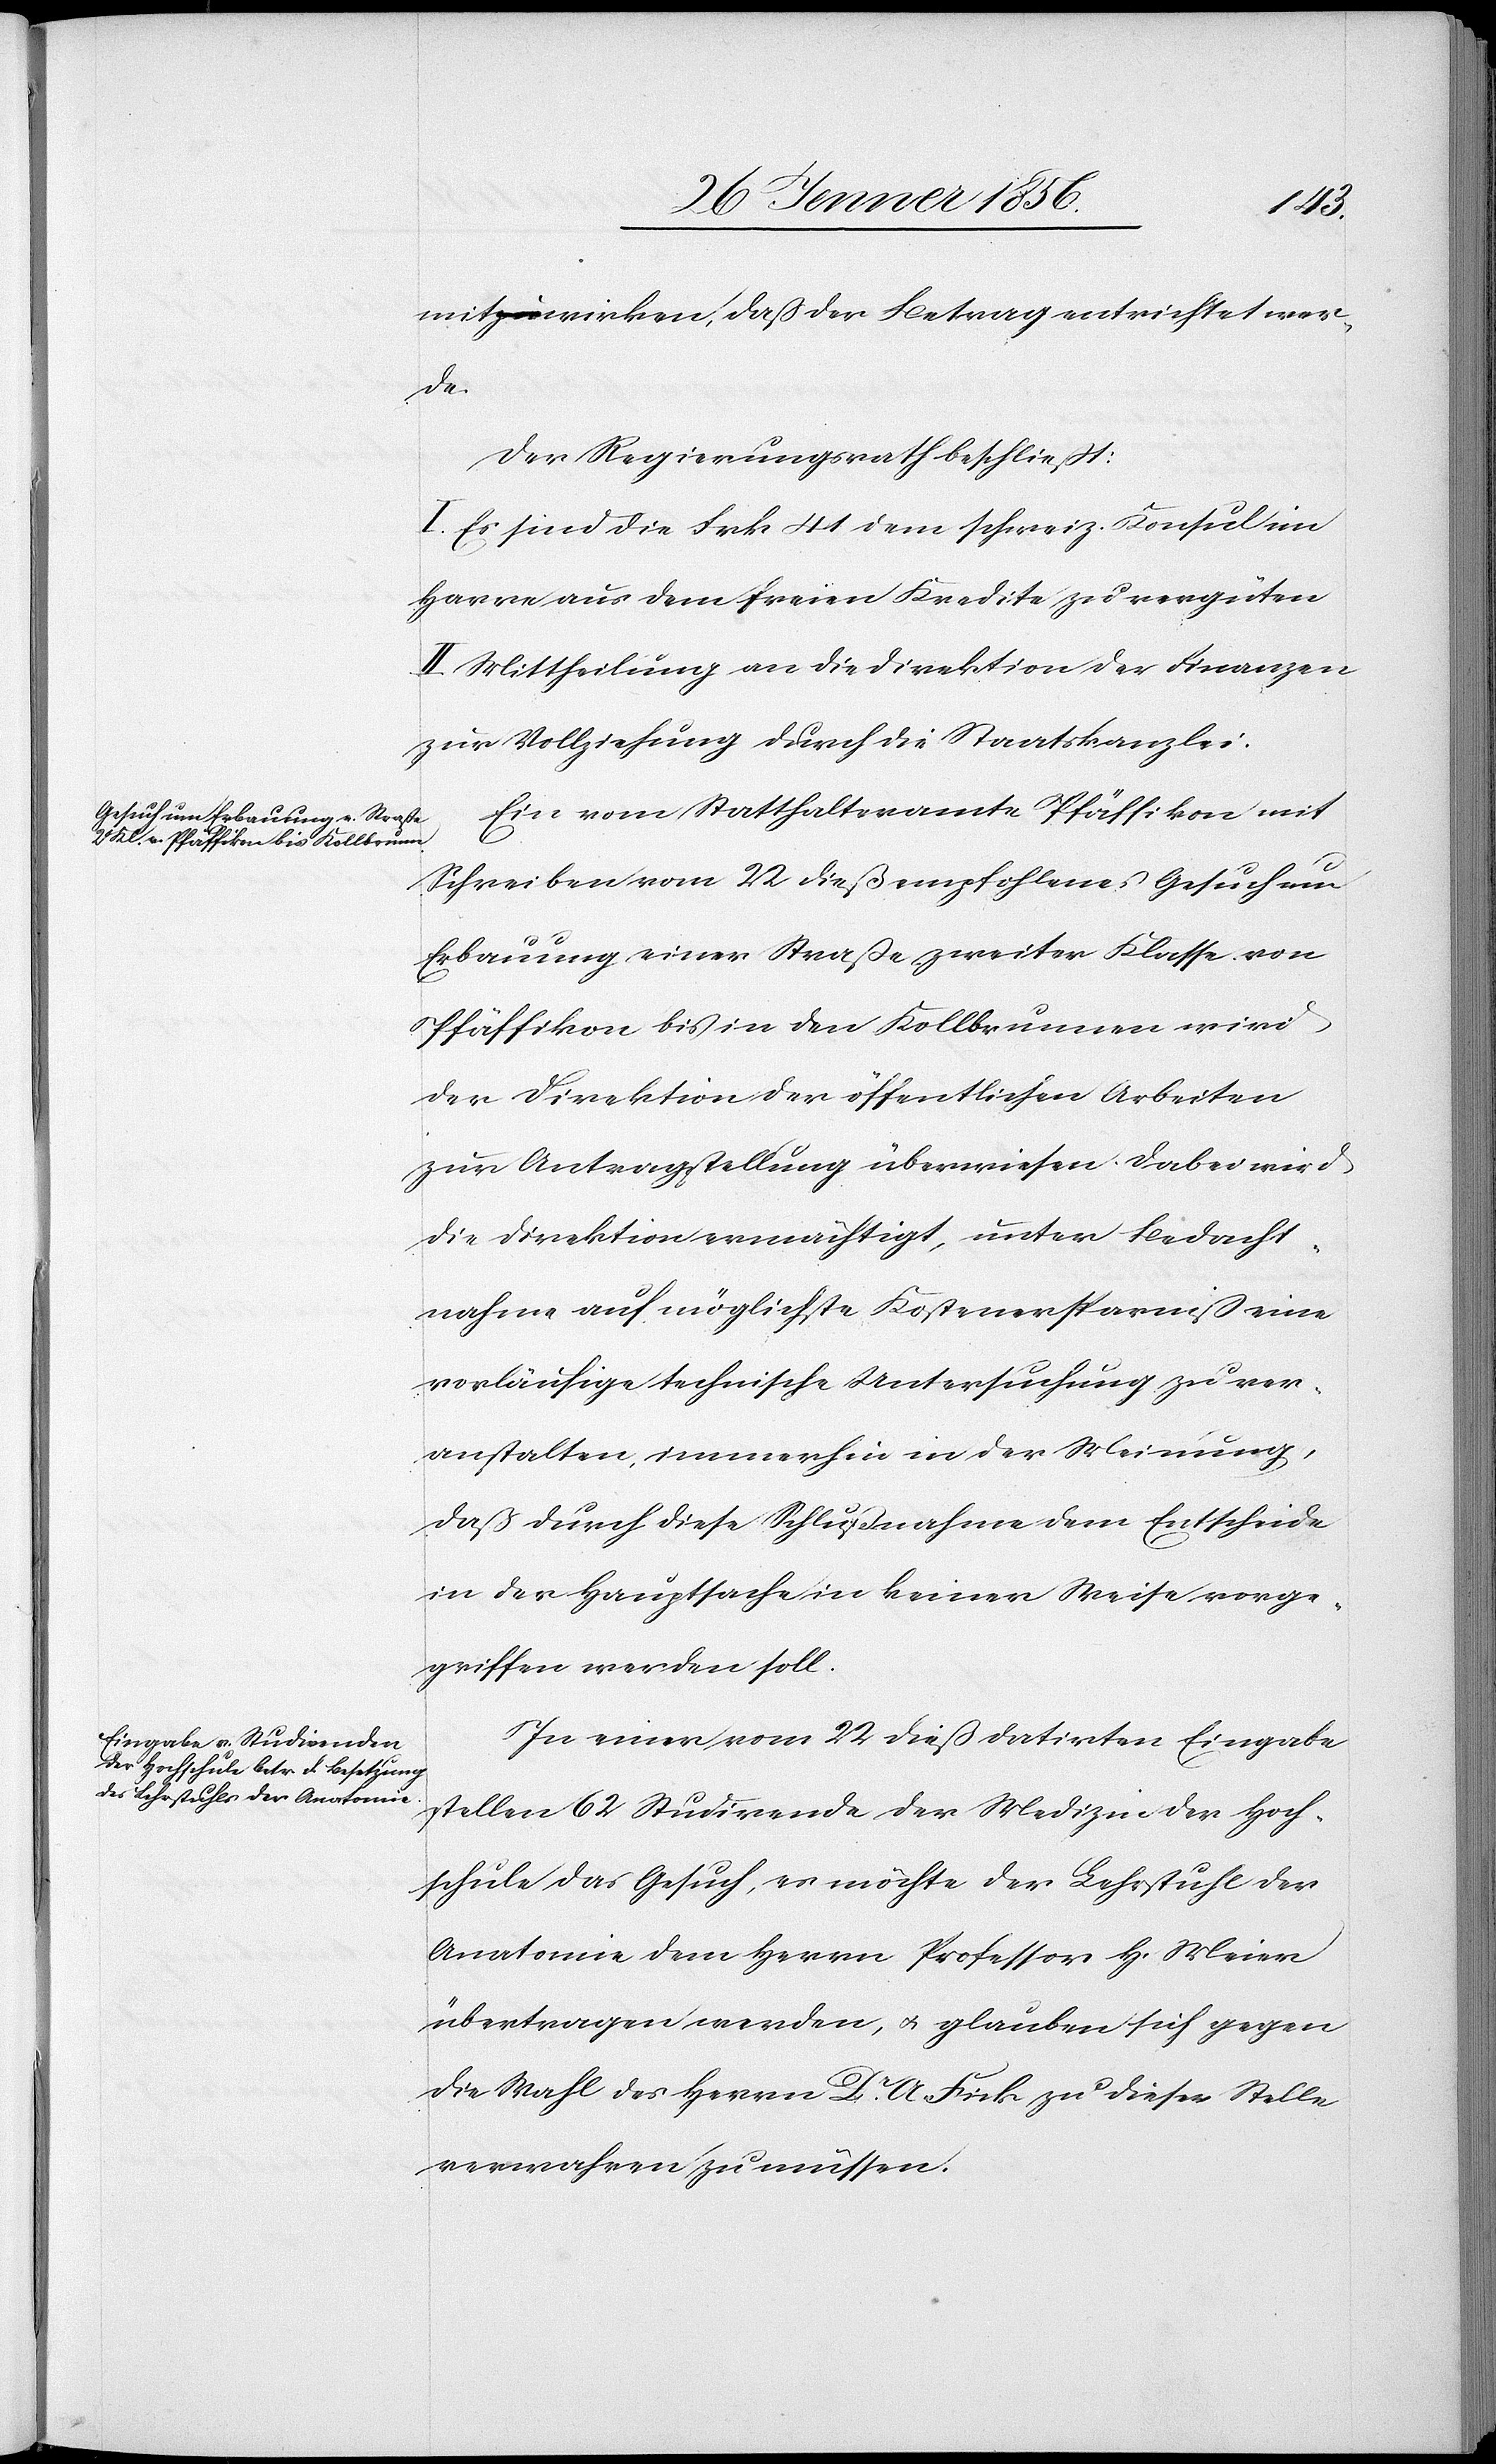
Hoch¬
mitwirken, daß der Betrag entrichtet wer¬
der
Der Regierungsrath beschließt:
I. Es sind die Frk 41 dem schweiz. Konsul im
Havre aus dem freien Kredite zu vergüten
II. Mittheilung an die Direktion der Finanzen
zur Vollziehung durch die Staatskanzlei.
Ein vom Statthalteramte Pfäffikion mit
Schreiben vom 22 dieß empfohlenes Gesuch um
Erbauung einer Straße zweiter Klasse von
Pfäffikion bis in den Kollbrunnen wird
der Direktion der öffentlichen Arbeiten
zur Antragstellung überwiesen dabei wird
die Direktion ermächtigt, unter Bedacht¬
nahme auf möglichste Kostenersparniß eine
vorläufige technische Untersuchung zu ver¬
anstalten, immerhin in der Meinung,
daß durch diese Schlußnahme dem Entscheide
in der Hauptsache in keiner Weise vorge¬
griffen werden soll.
In einer vom 22 dieß datirten Eingabe
schule das Gesuch, es möchte der Lehrstuhl der
Anatomie dem Herrn Professor H. Meier
übertragen werden, u. glauben sich gegen
die Wahl des Herrn Dr A Fick zu dieser Stelle
verwahren zu müssen.